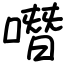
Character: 噆